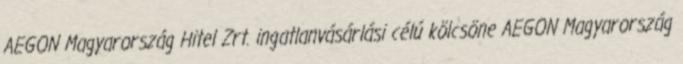
AEGON Magyarország Hitel Zrt. ingatlanvásárlási célú kölcsöne AEGON Magyarország